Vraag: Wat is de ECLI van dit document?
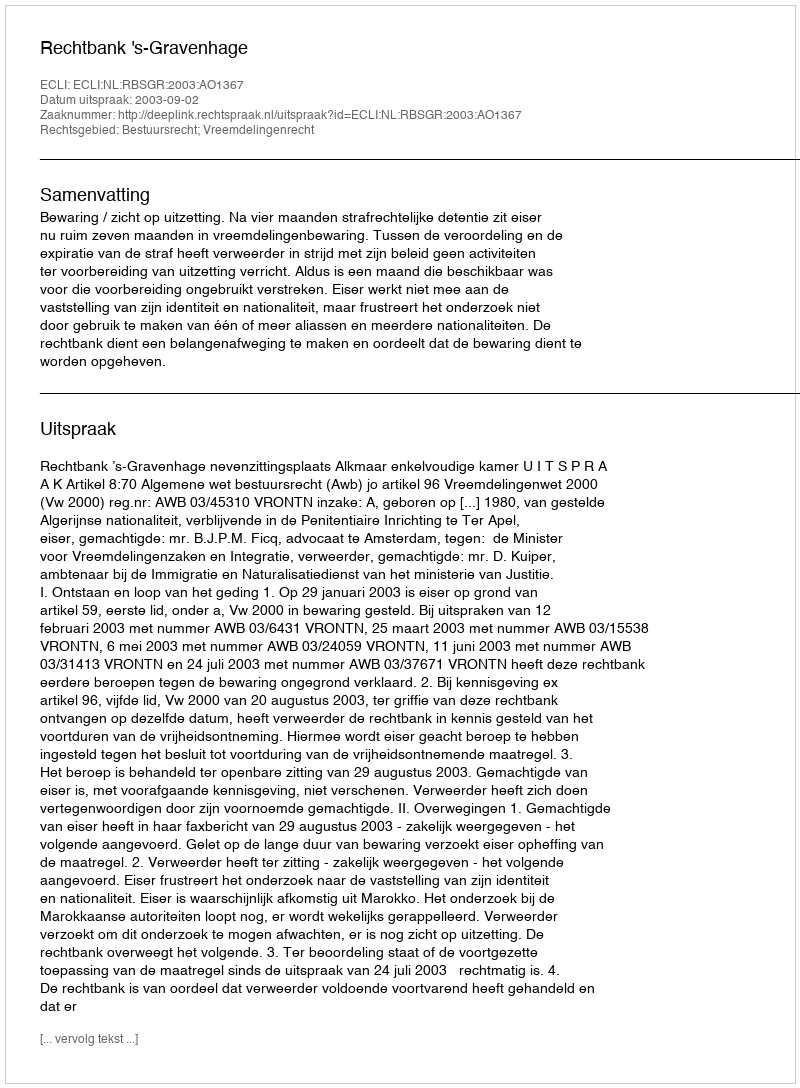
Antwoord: ECLI:NL:RBSGR:2003:AO1367